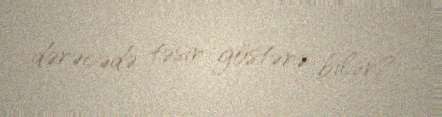
dərəcədə təsir göstərə bilər?.